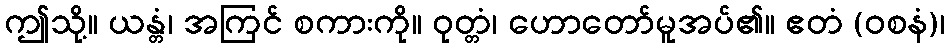
ဤသို့။ ယန္တံ၊ အကြင် စကားကို။ ဝုတ္တံ၊ ဟောတော်မူအပ်၏။ ဧတံ (ဝစနံ)၊